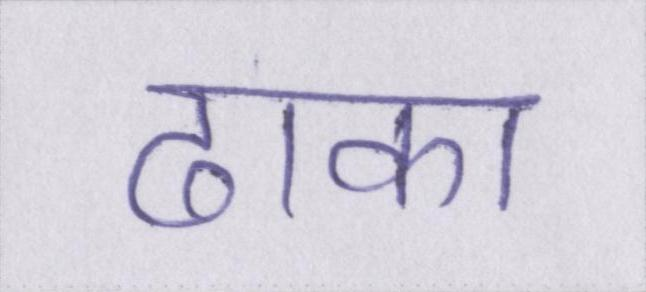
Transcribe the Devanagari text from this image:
ढाका